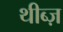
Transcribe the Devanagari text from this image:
थीब्ज़